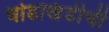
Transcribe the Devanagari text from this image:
घोडखिंडीची